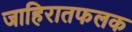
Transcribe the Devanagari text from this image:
जाहिरातफलक